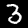
Digit: 3